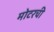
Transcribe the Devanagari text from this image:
मोटरची